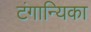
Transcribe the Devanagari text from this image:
टंगान्यिका